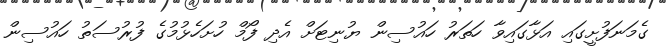
ގެމަނަފުށީގައި އަޅާގައިވާ ހަތަރު ހައުސިން ޔުނިޓަށް އެދި ފޯމް ހުށަހެޅުމުގެ ފުރުސަތު ހައުސިން